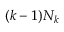
( k - 1 ) N _ { k }